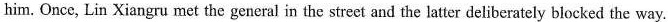
him. Once, L.In Xia ngru met the general in the street and the latter deliberately blocked the way.